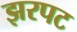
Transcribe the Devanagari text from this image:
झरपट